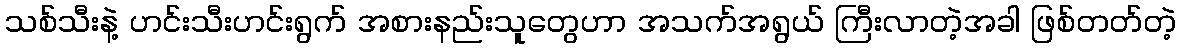
သစ်သီးနဲ့ ဟင်းသီးဟင်းရွက် အစားနည်းသူတွေဟာ အသက်အရွယ် ကြီးလာတဲ့အခါ ဖြစ်တတ်တဲ့